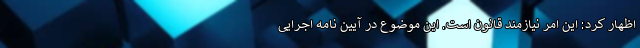
اظهار کرد: این امر نیازمند قانون است. این موضوع در آیین نامه اجرایی